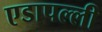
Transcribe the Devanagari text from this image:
एडापल्ली